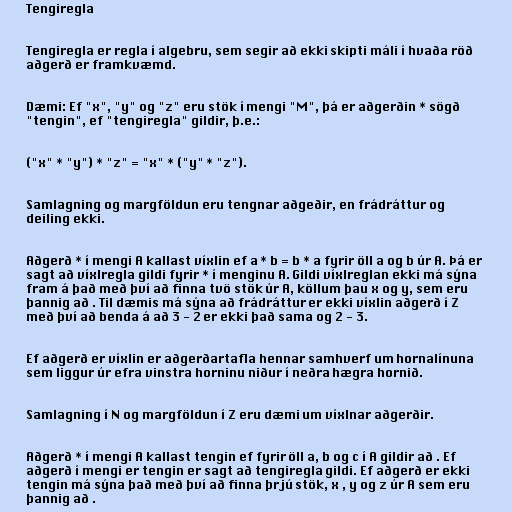
Tengiregla

Tengiregla er regla í algebru, sem segir að ekki skipti máli í hvaða röð
aðgerð er framkvæmd.

Dæmi: Ef "x", "y" og "z" eru stök í mengi "M", þá er aðgerðin * sögð
"tengin", ef "tengiregla" gildir, þ.e.:

("x" * "y") * "z" = "x" * ("y" * "z").

Samlagning og margföldun eru tengnar aðgeðir, en frádráttur og
deiling ekki.

Aðgerð * í mengi A kallast víxlin ef a * b = b * a fyrir öll a og b úr A. Þá er
sagt að víxlregla gildi fyrir * í menginu A. Gildi víxlreglan ekki má sýna
fram á það með því að finna tvö stök úr A, köllum þau x og y, sem eru
þannig að . Til dæmis má sýna að frádráttur er ekki víxlin aðgerð í Z
með því að benda á að 3 - 2 er ekki það sama og 2 - 3.

Ef aðgerð er víxlin er aðgerðartafla hennar samhverf um hornalínuna
sem liggur úr efra vinstra horninu niður í neðra hægra hornið.

Samlagning í N og margföldun í Z eru dæmi um víxlnar aðgerðir.

Aðgerð * í mengi A kallast tengin ef fyrir öll a, b og c í A gildir að . Ef
aðgerð í mengi er tengin er sagt að tengiregla gildi. Ef aðgerð er ekki
tengin má sýna það með því að finna þrjú stök, x , y og z úr A sem eru
þannig að .